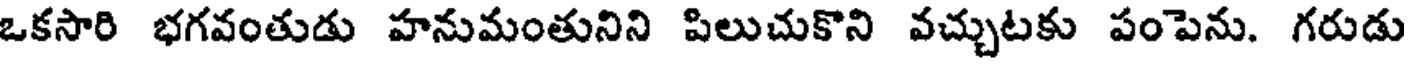
ఒకసారి భగవంతుడు హనుమంతునిని పిలుచుకొని వచ్చుటకు పంపెను. గరుడు